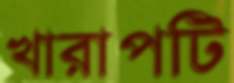
খারাপটি